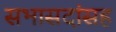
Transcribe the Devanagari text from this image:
सभासदांसह